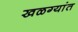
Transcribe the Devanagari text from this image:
खळग्यांत